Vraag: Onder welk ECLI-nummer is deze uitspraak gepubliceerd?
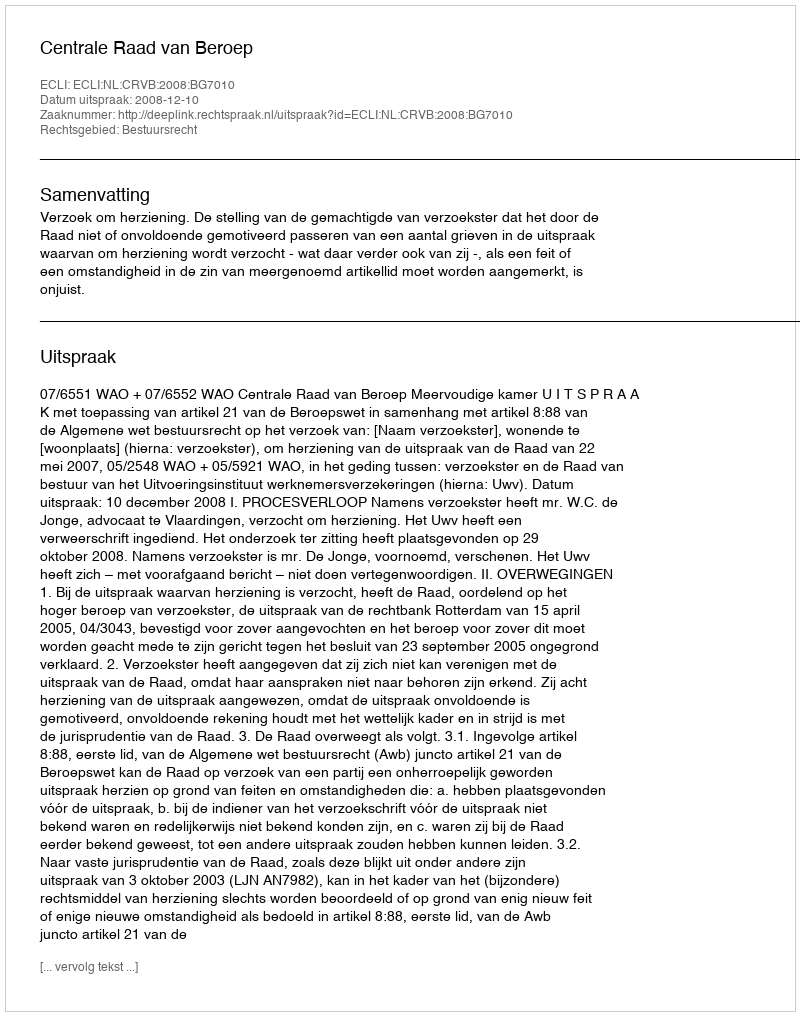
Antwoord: ECLI:NL:CRVB:2008:BG7010